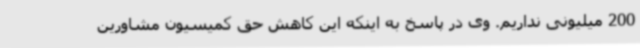
200 میلیونی نداریم. وی در پاسخ به اینکه این کاهش حق کمیسیون مشاورین